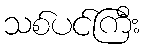
သစ်ပင်ကြီး